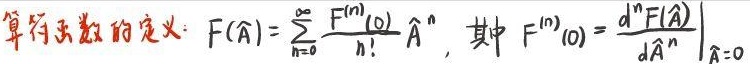
算符函数的定义：$F(\hat{A}) = \sum_{n=0}^{\infty} \frac{F^{(n)}(0)}{n!} \hat{A}^n$，其中$F^{(n)}(0) = \left. \frac{d^n F(\hat{A})}{d\hat{A}^n} \right|_{\hat{A}=0}$